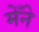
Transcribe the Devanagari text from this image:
मेँने